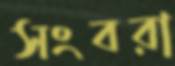
সংবরা